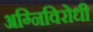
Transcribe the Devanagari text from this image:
अग्निविरोधी